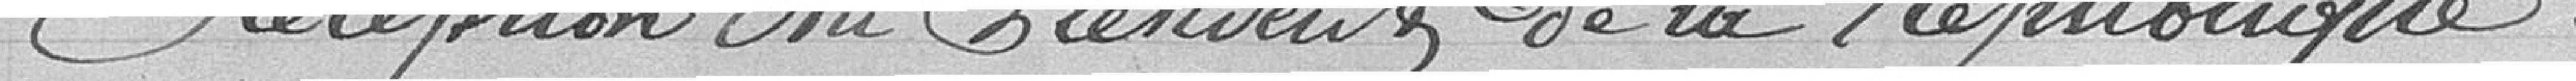
Réception du Président de la République